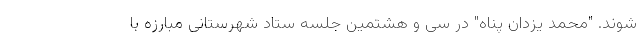
شوند. "محمد یزدان پناه" در سی و هشتمین جلسه ستاد شهرستانی مبارزه با